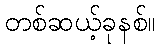
တစ်ဆယ့်ခုနစ်။